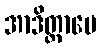
အာဒိတ္တာပေ